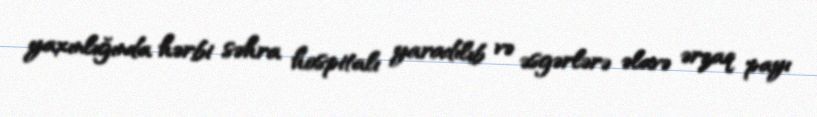
yaxınlığında hərbi səhra hospitalı yaradılıb və əsgərlərə əlavə ərzaq payı